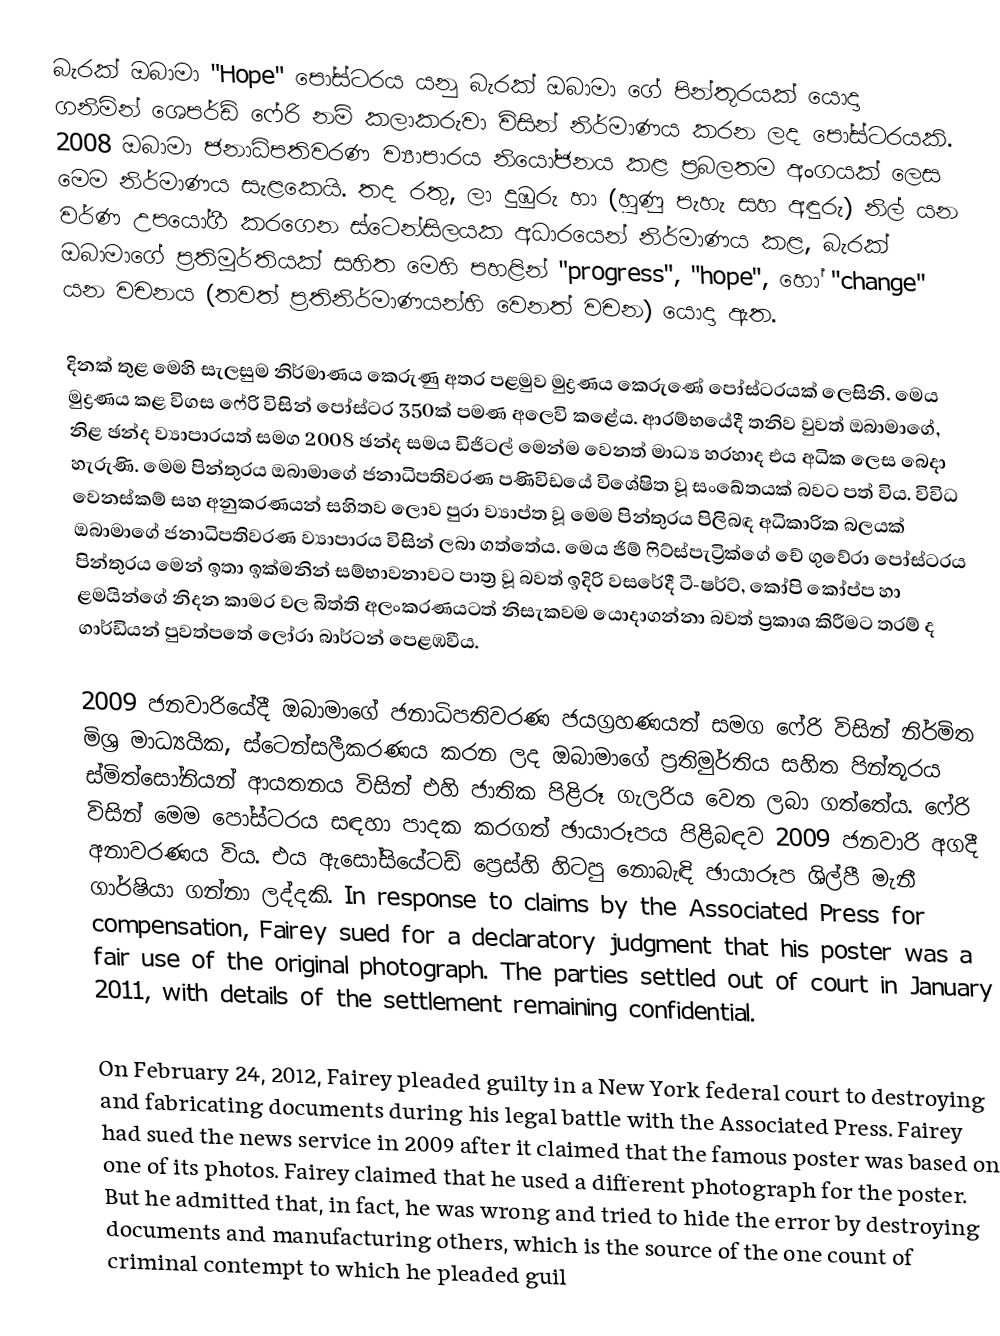
බැරක් ඔබාමා "Hope" පෝස්ටරය යනු බැරක් ඔබාමා ගේ පින්තූරයක් යොදා ගනිමින් ශෙපර්ඩ් ෆේරි  නම් කලාකරුවා විසින් නිර්මාණය කරන ලද පෝස්ටරයකි. 2008 ඔබාමා ජනාධිපතිවරණ ව්‍යාපාරය නියෝජනය කළ ප්‍රබලතම අංගයක් ලෙස මෙම නිර්මාණය සැළකෙයි. තද රතු,  ලා දුඹුරු හා (හුණු පැහැ සහ අඳුරු) නිල් යන වර්ණ උපයෝගී කරගෙන ස්ටෙන්සිලයක අධාරයෙන් නිර්මාණය කළ, බැරක් ඔබාමාගේ ප්‍රතිමූර්තියක් සහිත මෙහි පහළින් "progress", "hope", හෝ "change" යන වචනය (තවත් ප්‍රතිනිර්මාණයන්හි වෙනත් වචන) යොදා ඇත.

දිනක් තුළ මෙහි සැලසුම නිර්මාණය කෙරුණු අතර පළමුව මුද්‍රණය කෙරුණේ පෝස්ටරයක් ලෙසිනි. මෙය මුද්‍රණය කළ විගස ෆේරි විසින් පෝස්ටර 350ක් පමණ අලෙවි කළේය. ආරම්භයේදී තනිව වුවත් ඔබාමාගේ, නිළ ඡන්ද ව්‍යාපාරයත් සමග 2008 ඡන්ද සමය ඩිජිටල් මෙන්ම වෙනත් මාධ්‍ය හරහාද එය අධික ලෙස බෙදා හැරුණි. මෙම පින්තුරය ඔබාමාගේ ජනාධිපතිවරණ පණිවිඩයේ විශේෂිත වූ සංඛේතයක් බවට පත් විය. විවිධ වෙනස්කම් සහ අනුකරණයන්  සහිතව ලොව පුරා ව්‍යාප්ත වූ මෙම පින්තුරය පිලිබඳ අධිකාරික බලයක් ඔබාමාගේ ජනාධිපතිවරණ ව්‍යාපාරය විසින් ලබා ගත්තේය. මෙය ජිම් ෆිට්ස්පැට්‍රික්ගේ චේ ගුවේරා පෝස්ටරය පින්තුරය මෙන් ඉතා ඉක්මනින් සම්භාවනාවට පාත්‍ර වූ බවත් ඉදිරි වසරේදී ටී-ෂර්ට්, කෝපි කෝප්ප හා ළමයින්ගේ නිදන කාමර වල බිත්ති අලංකරණයටත් නිසැකවම යොදාගන්නා බවත් ප්‍රකාශ කිරීමට තරම් ද ගාර්ඩියන් පුවත්පතේ ලෝරා බාර්ටන් පෙළඹවීය.

2009 ජනවාරියේදී ඔබාමාගේ ජනාධිපතිවරණ ජයග්‍රහණයත් සමග ෆේරි විසින් නිර්මිත මිශ්‍ර මාධ්‍යයික, ස්ටෙන්සලීකරණය කරන ලද ඔබාමාගේ ප්‍රතිමුර්තිය සහිත පින්තූරය ස්මිත්සෝනියන් ආයතනය විසින් එහි  ජාතික පිළිරූ ගැලරිය වෙත ලබා ගත්තේය.  ෆේරි විසින් මෙම පෝස්ටරය සඳහා පාදක කරගත් ඡායාරූපය පිළිබඳව 2009 ජනවාරි අගදී අනාවරණය විය. එය ඇසෝසියේටඩ් ප්‍රෙස්හි හිටපු නොබැඳි ඡායාරූප ශිල්පී මැනී ගාර්ෂියා ගන්නා ලද්දකි.  In response to claims by the Associated Press for compensation, Fairey sued for a declaratory judgment that his poster was a fair use of the original photograph. The parties settled out of court in January 2011, with details of the settlement remaining confidential.

On February 24, 2012, Fairey pleaded guilty in a New York federal court to destroying and fabricating documents during his legal battle with the Associated Press. Fairey had sued the news service in 2009 after it claimed that the famous poster was based on one of its photos. Fairey claimed that he used a different photograph for the poster. But he admitted that, in fact, he was wrong and tried to hide the error by destroying documents and manufacturing others, which is the source of the one count of criminal contempt to which he pleaded guil